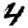
Digit: 4